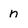
Character: n